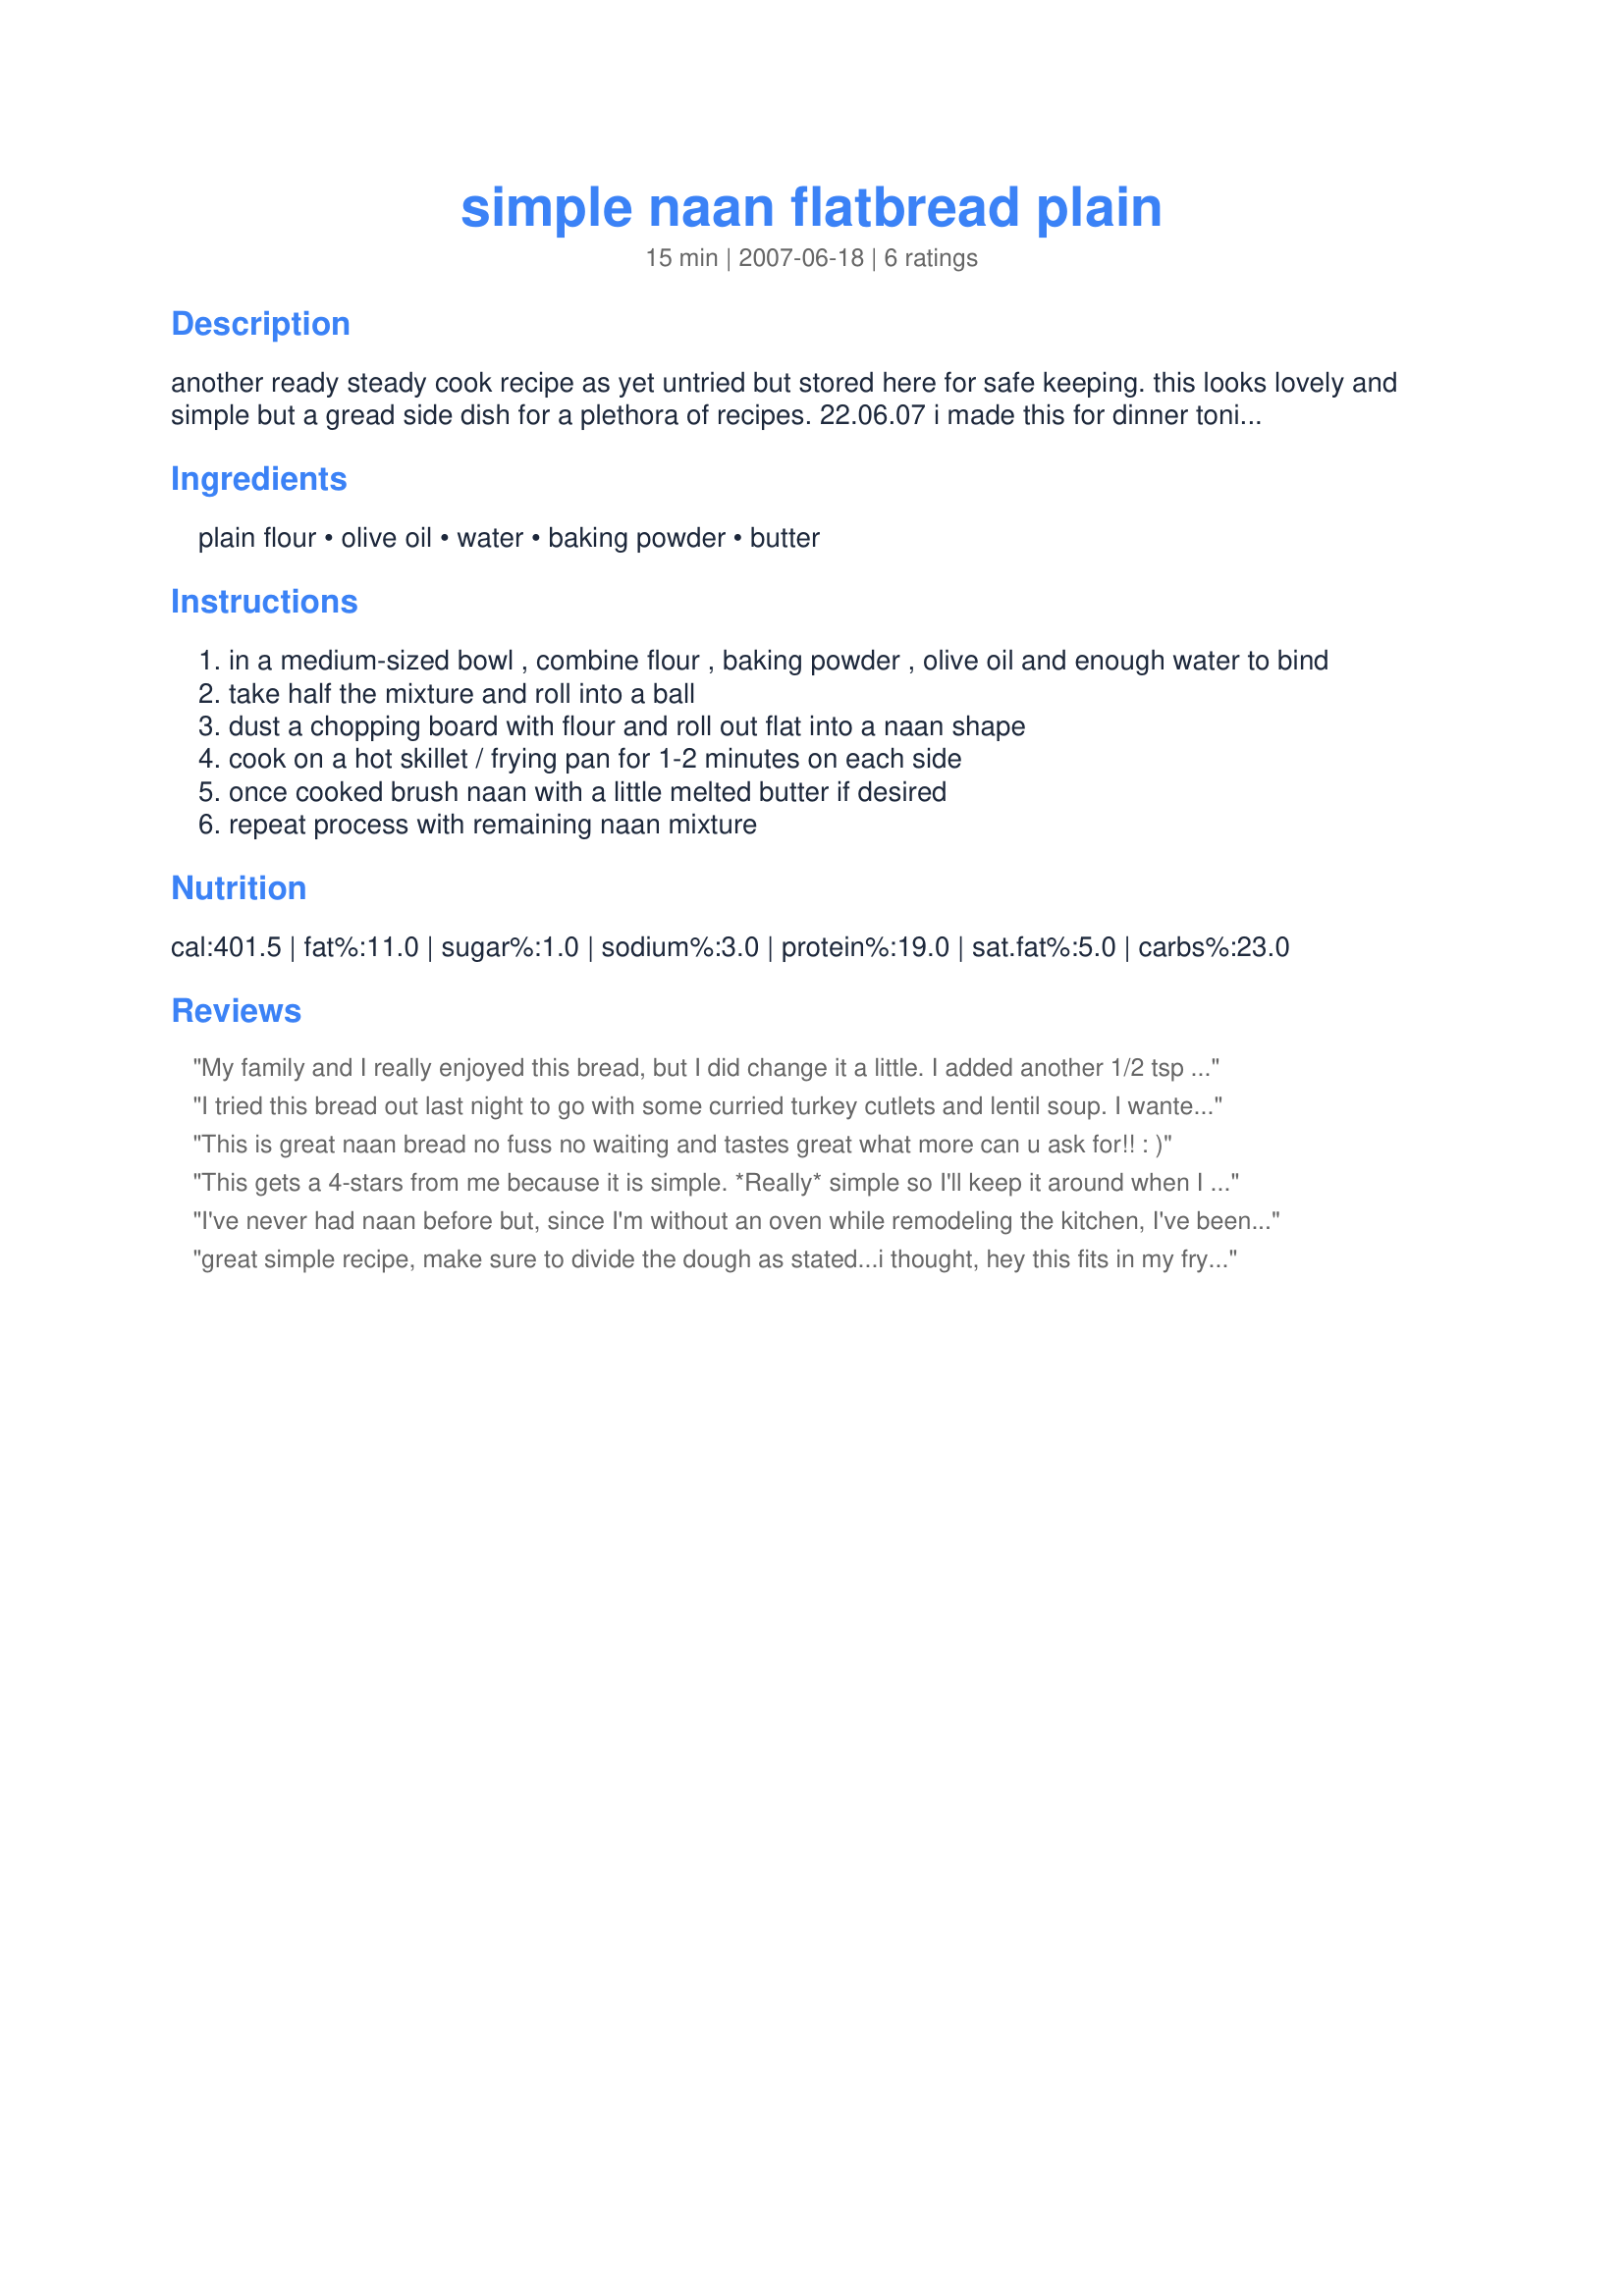
simple naan flatbread plain
Preparation time: 15 minutes

another ready steady cook recipe as yet untried but stored here for safe keeping. this looks lovely and simple but a gread side dish for a plethora of recipes.
22.06.07 i made this for dinner tonight and it was really good. i love the simplicity of it - there's no yeast involved - no resting or leaving to rise. you really can bash them out in a few minutes while the rest of your dinner is cooking. my picky other half really enjoyed them because it's simple yet tasty recipe and made a change from our normal dinner carbs. the mixture definitely serves two (either one massive naan or two smaller ones) and was nice and easy to make. i've added a couple of adjustments from the original ingredients listing -- 1/2 tsp baking powder and melted butter to brush on at the end. to be honest, even with the addition of the baking powder they didn't really puff up as much as i might have liked, but they were still surprisingly light. when i made them i also popped about a teaspoon of garlic paste in which gave a really nice, subtle garlic flavour. next time i will probably try some other additions as well - perhaps some herbs, lemon or chilli, or i might use a flavoured butter instead.

Ingredients:
plain flour, olive oil, water, baking powder, butter

Steps:
in a medium-sized bowl , combine flour , baking powder , olive oil and enough water to bind
take half the mixture and roll into a ball
dust a chopping board with flour and roll out flat into a naan shape
cook on a hot skillet / frying pan for 1-2 minutes on each side
once cooked brush naan with a little melted butter if desired
repeat process with remaining naan mixture

Reviews:
My family and I really enjoyed this bread, but I did change it a little. I added another 1/2 tsp of baking powder and a 1/2 tsp of baking soda. I also added a tsp of salt and a tsp of garlic powder. I also added about a 1/4 cup of flour because I added a little too much water. Thanks for the base recipe to work off of.
I tried this bread out last night to go with some curried turkey cutlets and lentil soup. I wanted a quick bread to go with dinner and it definitely was quick. Unfortunately it just wasn't really to my liking. My husband didn't seem to mind, but it seemed pretty bland and floury to me. Thanks for the recipe, it just wasn't really to my taste.
This is great naan bread no fuss no waiting and tastes great what more can u ask for!! : )
This gets a 4-stars from me because it is simple. *Really* simple so I'll keep it around when I need a very quick and easy recipe. It doesn't make much (I generally feed a crowd) and was bland. I added garlic to one batch, but would need to add even more to get any real flavor into it. It was strong enough to be a good pusher for curry/rice. We had company and they ate up every bite of the two batches I made.
I've never had naan before but, since I'm without an oven while remodeling the kitchen, I've been looking for griddle and skillet breads to try. We found these rather bland. I think that a bit of salt as well as the herb suggestion would improve things.

I also think that a bit more detail in the directions would be desirable. I'm pretty adventurous in my cooking so I was willing to take a stab at what temperature a "hot skillet" was (I decided on the same temperature I'd cook pancakes at), and to look up pictures of naan to get a guess at how thinly to roll them (I rolled them to ~1/8 inch). And I've handled enough biscuit and bread dough to know how much water makes a dough that can be handled easily. But I think inexperienced or timid cooks would be reluctant to try something totally new to them without these details.

I may turn right around and make a batch with whole wheat and some herbs to go with dinner. :)
great simple recipe, make sure to divide the dough as stated...i thought, hey this fits in my frying pan i might as well save time being 2am and all. well, it does not come out right. i didn't have a scale and had to guess the grams but the recipe seems to be forgiving. next time i will try with the garlic, it sounds yummy.
